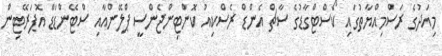
މިއަދުގެ ރަސްމިއްޔާތުގައި ކޯސްޓްގާޑުގެ ސާޗް އެންޑް ރެސްކިއު ކޮންޓިންޖެންސީ ޕްލޭންއާއި ސްޓޭންޑަޑް އޮޕަރޭޓިން